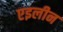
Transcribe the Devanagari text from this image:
एइलीन